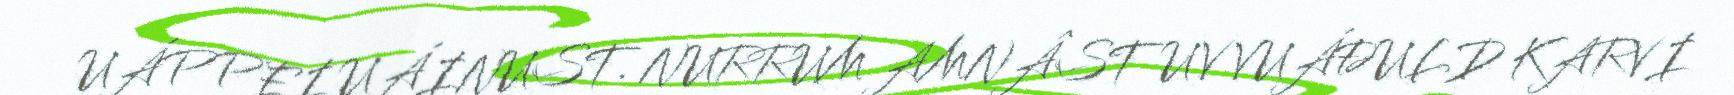
UÁPPEI UÁINUST. NURRUM AMNÂSTUV VUÁĐULD KARVI